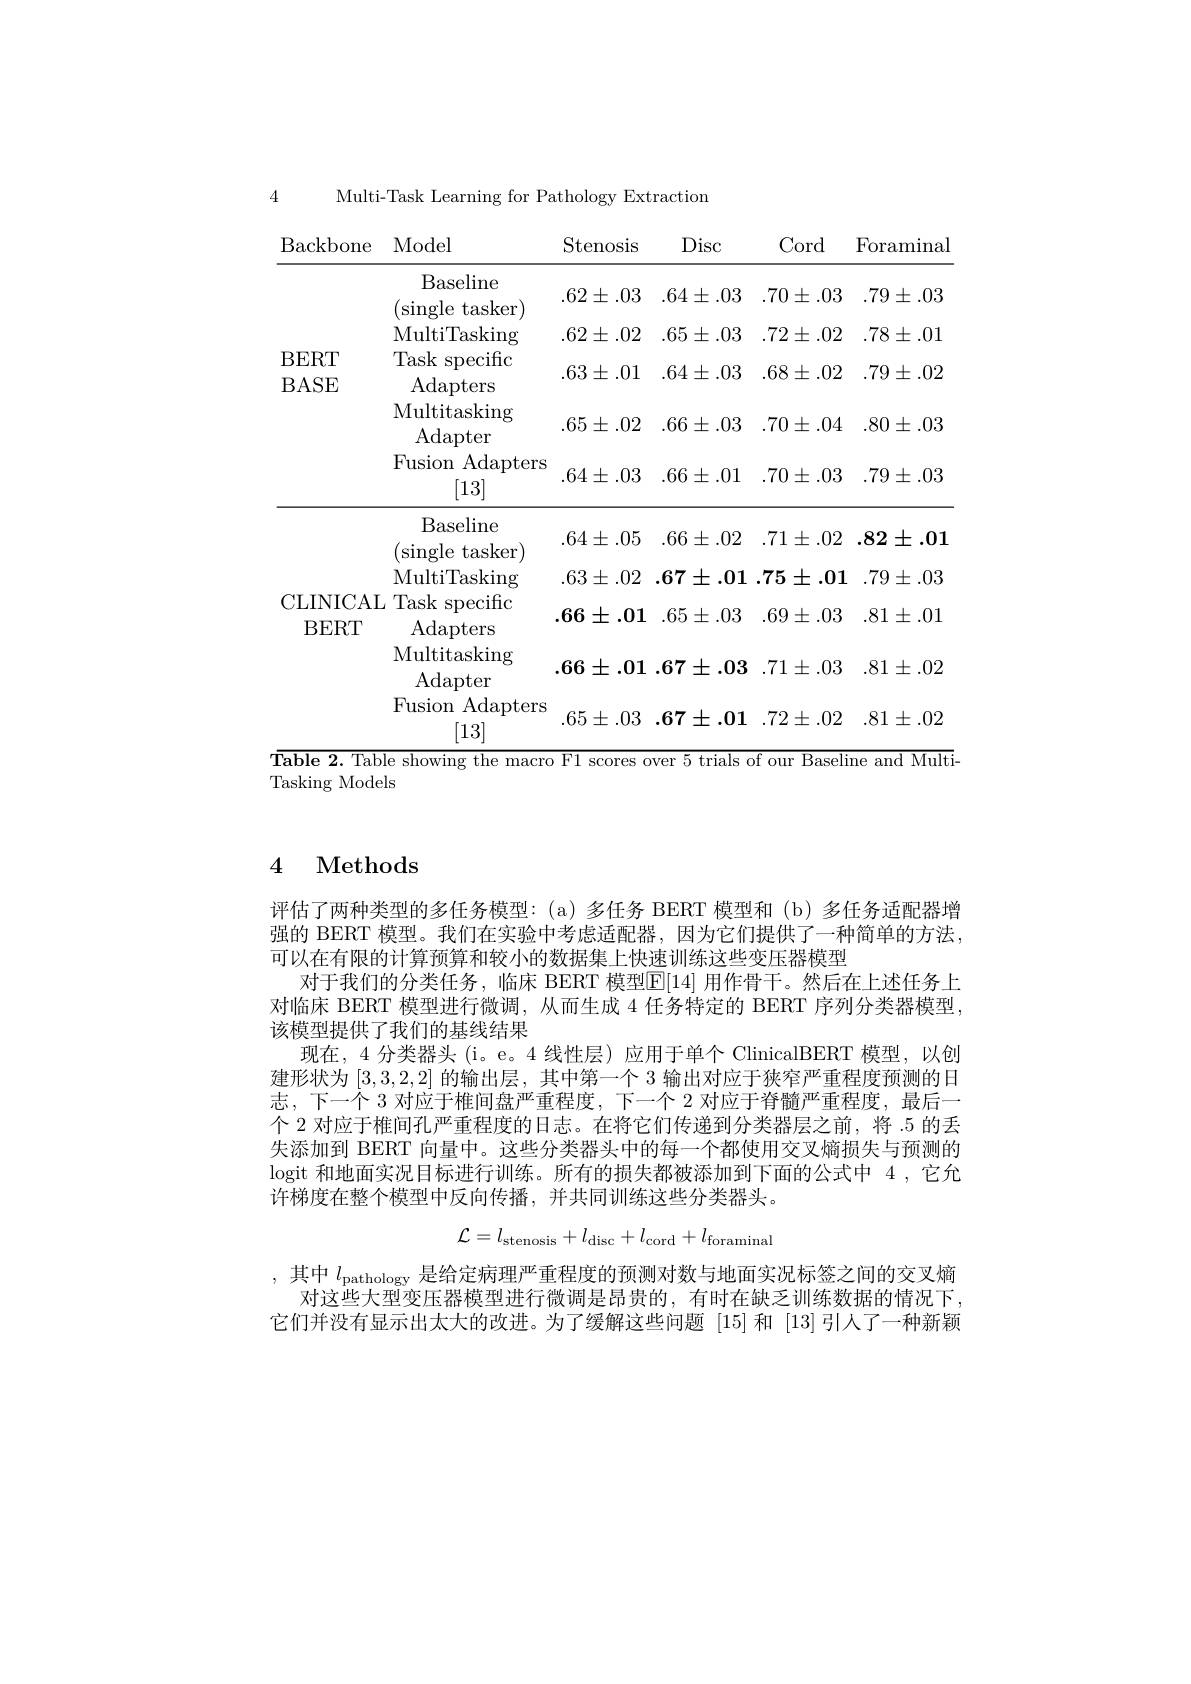
4

Multi-Task Learning for Pathology Extraction

Cord
Foraminal

Backbone Model
Stenosis
Disc
<table>
	<tbody>
		<tr>
			<th> </th>
			<th>Baseline single tasker T</th>
			<th>$.62\pm.03$</th>
			<th>$.64\pm.03$</th>
			<th>$.70\pm.03$</th>
			<th>$.79\pm.03$</th>
		</tr>
		<tr>
			<td rowspan="4">BERT BASE</td>
			<td>MultiTasking</td>
			<td>$.62\pm.02$</td>
			<td>$.65\pm.03$</td>
			<td>$.72\pm.02$</td>
			<td>$.78\pm.01$</td>
		</tr>
		<tr>
			<td>Task ${\mathrm{specific}}$ Adapters</td>
			<td>$.63\pm.01$</td>
			<td>$.64\pm.03$</td>
			<td>$.68\pm.02$</td>
			<td>$.79\pm.02$</td>
		</tr>
		<tr>
			<td>Multitasking Adapter</td>
			<td>$.65\pm.02$</td>
			<td>$.66\pm.03$</td>
			<td>$.70\pm.04$</td>
			<td>$.80\pm.03$</td>
		</tr>
		<tr>
			<td>$\operatorname{Adapters}$ Fusion [13]</td>
			<td>$.64\pm.03$</td>
			<td>$.66\pm.01$</td>
			<td>$.70\pm.03$</td>
			<td>$.79\pm.03$</td>
		</tr>
		<tr>
			<td> </td>
			<td>Baseline $\operatorname{single}$ tasker</td>
			<td>$.64\pm.05$</td>
			<td>$.66\pm.02$</td>
			<td>$.71\pm.02$</td>
			<td>$.82\pm.01$</td>
		</tr>
		<tr>
			<td> </td>
			<td>MultiTasking</td>
			<td>$.63\pm.02$</td>
			<td>$.67\pm.01$</td>
			<td>$.75\pm.01$</td>
			<td>$.79\pm.03$</td>
		</tr>
		<tr>
			<td rowspan="3">CLINICAI BERT</td>
			<td>Task specitic Adapters</td>
			<td>$.66\pm.01$</td>
			<td>$.65\pm.03$</td>
			<td>$.69\pm.03$</td>
			<td>$.81\pm.01$</td>
		</tr>
		<tr>
			<td>Multitasking Adapter</td>
			<td>$.66\pm.01$</td>
			<td>$.67\pm.03$</td>
			<td>$.71\pm.03$</td>
			<td>$.81\pm.02$</td>
		</tr>
		<tr>
			<td>Fusion Adapters [13]</td>
			<td>$.65\pm.03$</td>
			<td>$.67\pm.01$</td>
			<td>$.72\pm.02$</td>
			<td>$.81\pm.02$</td>
		</tr>
	</tbody>
</table>
Table 2. Table showing the macro F1 scores over 5 trials of our Baseline and Multi-

${\mathrm{Tasking~Models}}$

# 4 Methods

评估了两种类型的多任务模型：(a)多任务 BERT 模型和(b)多任务适配器增强的 BERT 模型。我们在实验中考虑适配器，因为它们提供了一种简单的方法， 可以在有限的计算预算和较小的数据集上快速训练这些变压器模型
对于我们的分类任务，临床 BERT 模型$\mathbb{E}[14]$ 用作骨干。然后在上述任务上对临床 BERT 模型进行微调，从而生成 4 任务特定的 BERT 序列分类器模型， 该模型提供了我们的基线结果
现在，4 分类器头 (i。e。4 线性层) 应用于单个 ClinicalBERT 模型，以创建形状为[3,3,2,2]的输出层，其中第一个 3 输出对应于狭窄严重程度预测的日志，下一个 3 对应于椎间盘严重程度，下一个 2 对应于脊髓严重程度，最后一个 2 对应于椎间孔严重程度的日志。在将它们传递到分类器层之前，将.5的丢失添加到 BERT 向量中。这些分类器头中的每一个都使用交叉熵损失与预测的logit 和地面实况目标进行训练。所有的损失都被添加到下面的公式中 4 ,它允许梯度在整个模型中反向传播，并共同训练这些分类器头。
$$\mathcal{L}=l_{\mathrm{stenosis}}+l_{\mathrm{disc}}+l_{\mathrm{cord}}+l_{\mathrm{foraminal}}$$
,其中$l_\mathrm{pathology}$是给定病理严重程度的预测对数与地面实况标签之间的交叉熵
对这些大型变压器模型进行微调是昂贵的，有时在缺乏训练数据的情况下， 它们并没有显示出太大的改进。为了缓解这些问题「15]和「13]引人了一种新颖